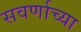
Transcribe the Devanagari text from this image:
सवर्णाच्या